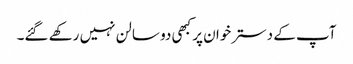
آپ کے دسترخوان پر کبھی دو سالن نہیں رکھے گئے۔